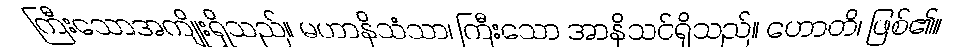
ကြီးသောအကျိုးရှိသည်။ မဟာနိသံသာ၊ ကြီးသော အာနိသင်ရှိသည်။ ဟောတိ၊ ဖြစ်၏။